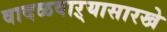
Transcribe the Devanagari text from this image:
वादळवाऱ्यासारखे